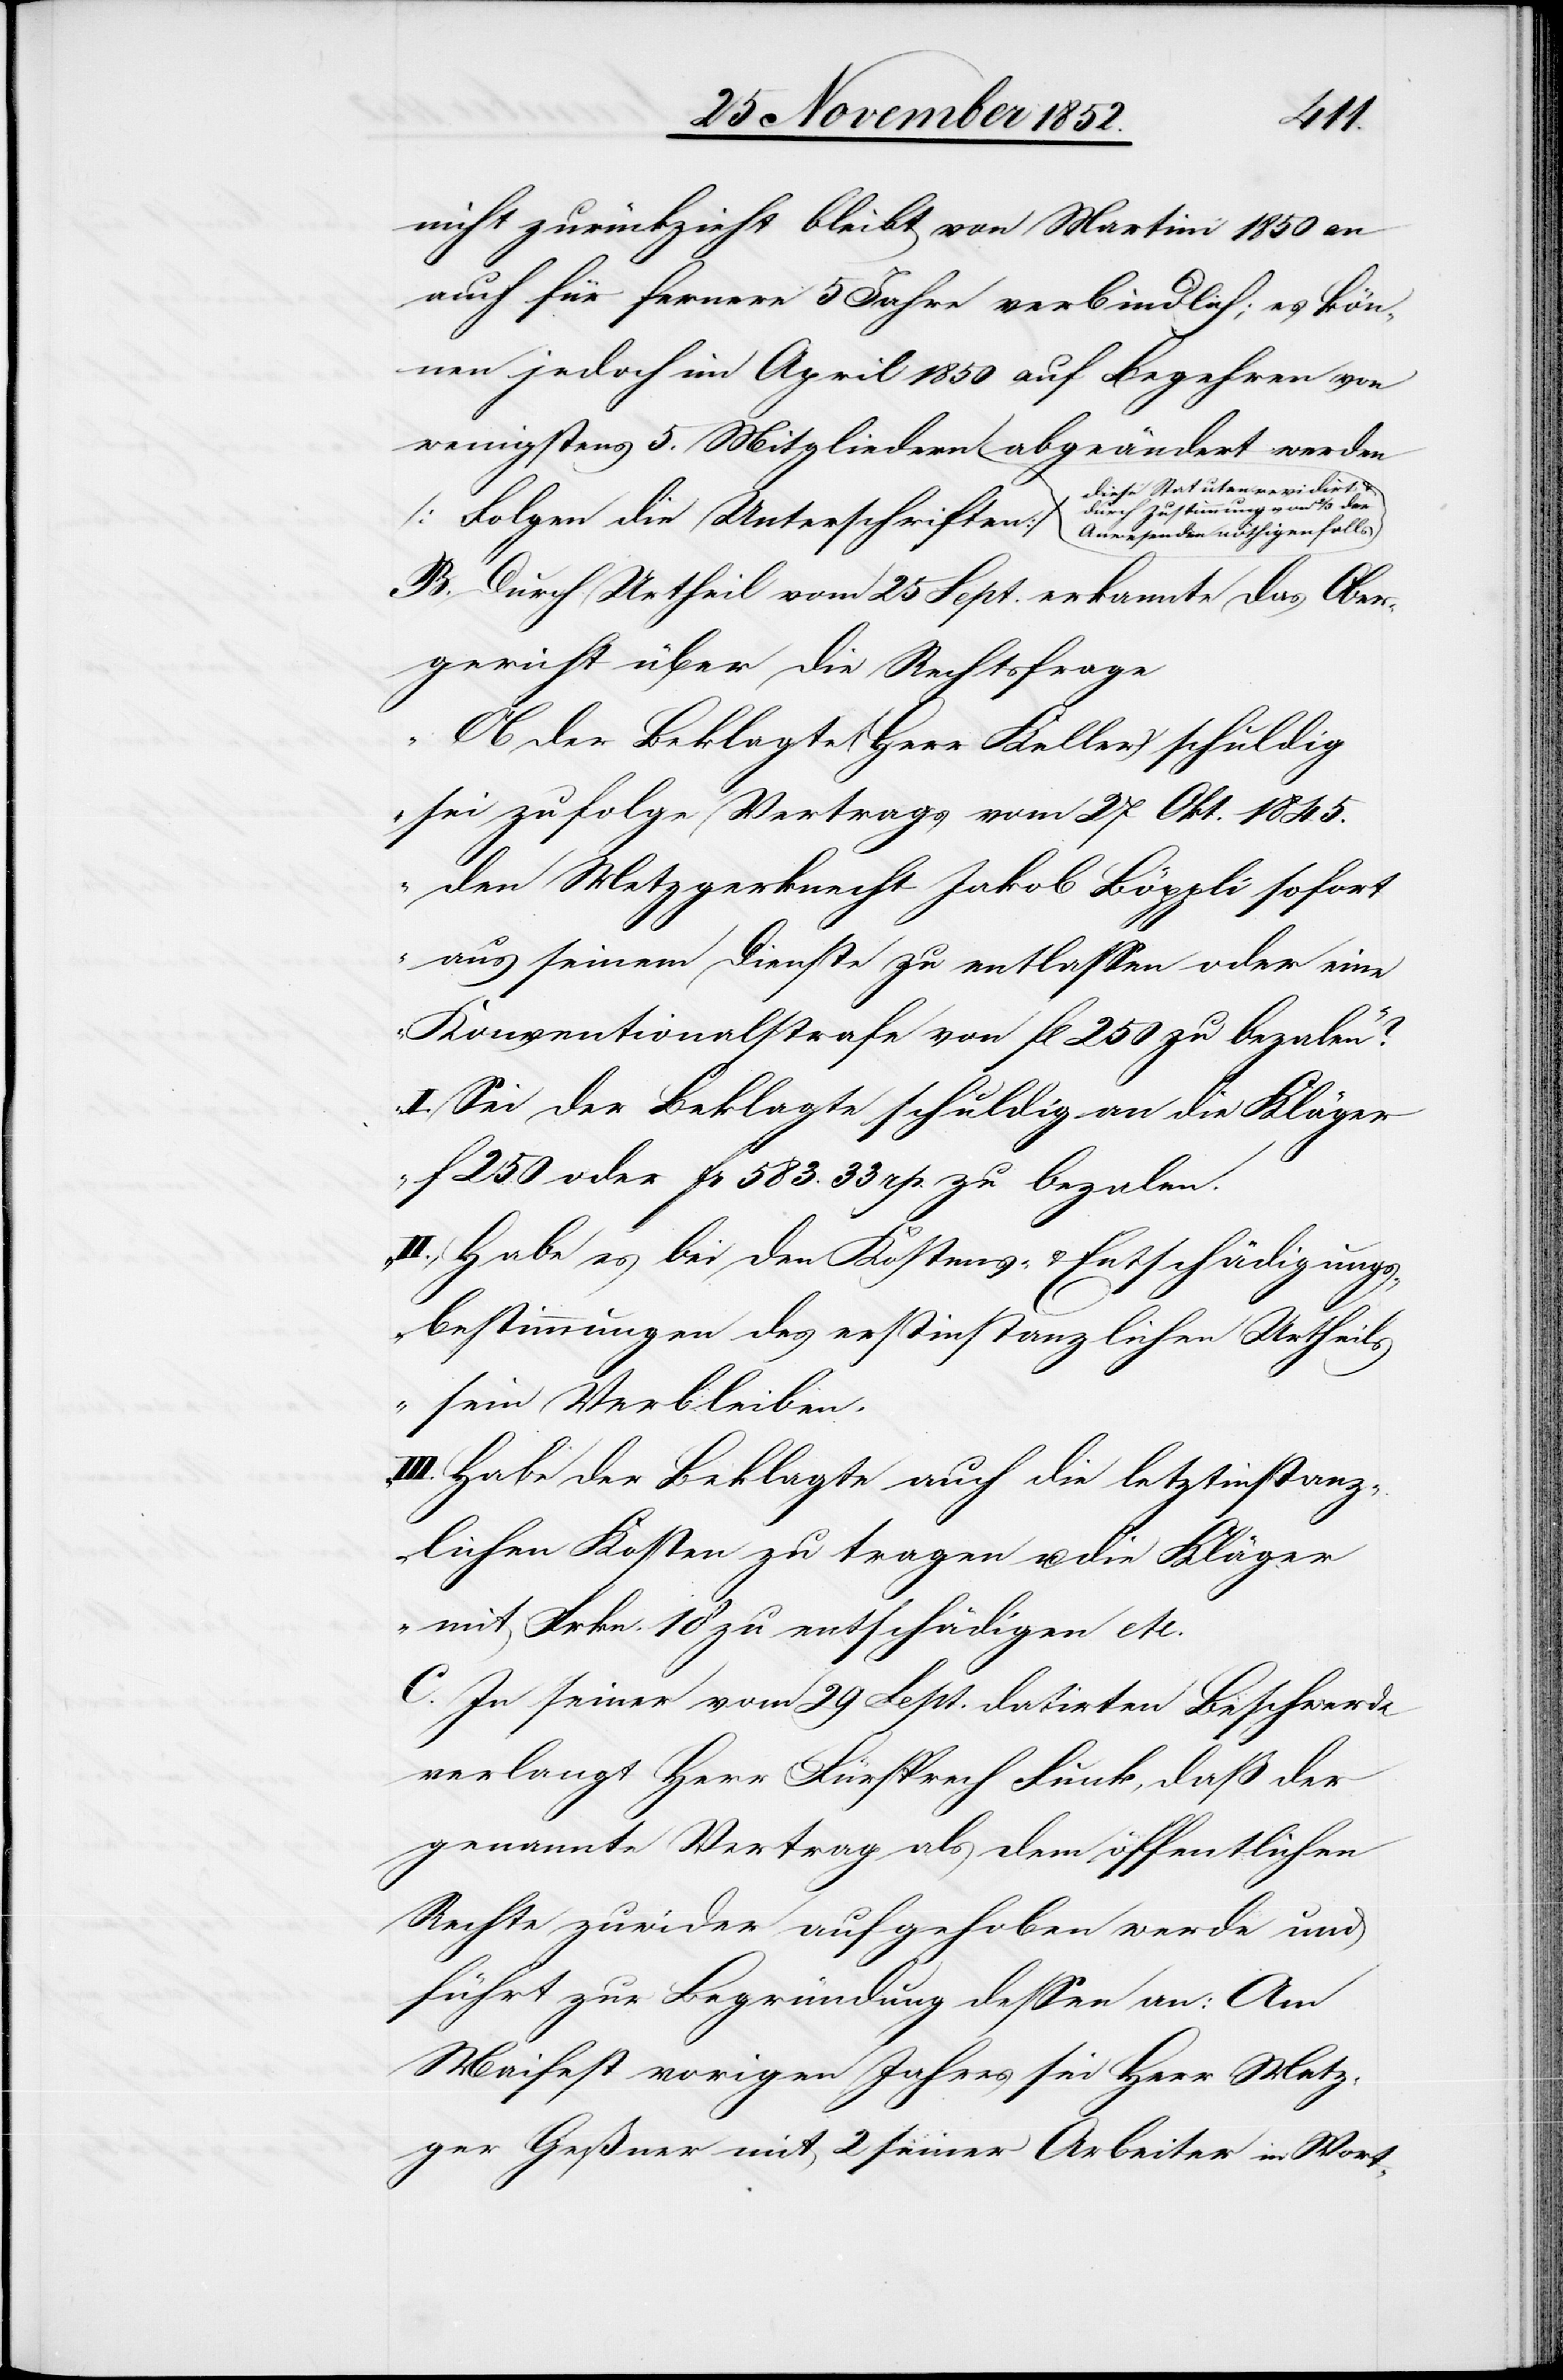
5.
nicht zurückzieht bleibt von Martini 1850 an
auch für fernere 5 Jahre verbindlich; es kön¬
nen jedoch im April 1850 auf Begehren von
diese Statuten revidirt &
durch Zustimmung von 2/3 der
B. Durch Urtheil vom 25 Sept. erkannte das Ober¬
gericht über die Rechtsfrage
„Ob der Beklagte (Herr Keller) schuldig
sei zufolge Vertrags vom 27 Okt. 1845.
den Metzgerknecht Jakob Böppli sofort
aus seinem Dienste zu entlassen oder eine
Konventionalstrafe von fl 250 zu bezalen?“
„I. Sei der Beklagte schuldig an die Kläger
f 250 oder Fr 583. 33 rp. zu bezalen.
II., Habe es bei den Kostens- & Entschädigungs¬
bestimmungen des erstinstanzlichen Urtheils
sein Verbleiben.
III. Habe der Beklagte auch die letztinstanz¬
lichen Kosten zu tragen u. die Kläger
mit Frkn. 18 zu entschädigen etc.[“]
C. In seiner vom 29 Sept. datirten Beschwerde
verlangt Herr Fürsprech Funk, daß der
genannte Vertrag als dem öffentlichen
Rechte zuwider aufgehoben werde und
führt zur Begründung dessen an: Am
Maifest vorigen Jahres sei Herr Metz¬
ger Geßner mit 2 seiner Arbeiter in Wort-